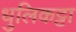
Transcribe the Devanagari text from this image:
धुलिकट्टा